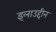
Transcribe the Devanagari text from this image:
इलाउद्दीन